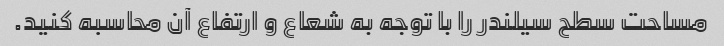
مساحت سطح سیلندر را با توجه به شعاع و ارتفاع آن محاسبه کنید.